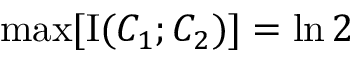
\operatorname* { m a x } [ \operatorname { I } ( C _ { 1 } ; C _ { 2 } ) ] = \ln 2